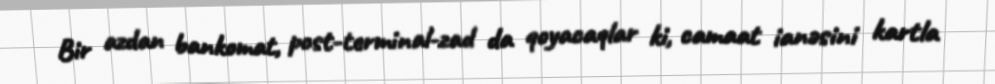
Bir azdan bankomat, post-terminal-zad da qoyacaqlar ki, camaat ianəsini kartla